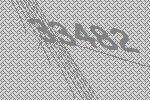
33482